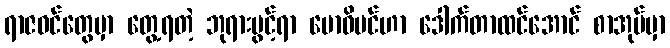
ရာဇဝင်တွေမှာ တွေ့ရတဲ့ ဘုရားပွင့်ရာ ဗောဓိပင်ဟာ ဒေါက်တာထင်အောင် စာအုပ်မှာ